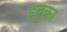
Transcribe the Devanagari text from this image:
इबुका